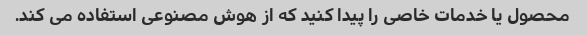
محصول یا خدمات خاصی را پیدا کنید که از هوش مصنوعی استفاده می کند.